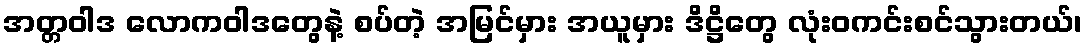
အတ္တဝါဒ လောကဝါဒတွေနဲ့ စပ်တဲ့ အမြင်မှား အယူမှား ဒိဋ္ဌိတွေ လုံးဝကင်းစင်သွားတယ်၊